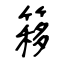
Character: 簃